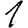
Digit: 1